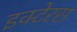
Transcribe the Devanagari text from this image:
इक्टेरस